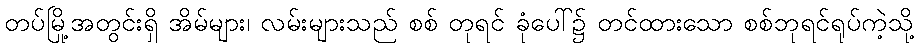
တပ်မြို့အတွင်းရှိ အိမ်များ၊ လမ်းများသည် စစ် တုရင် ခုံပေါ်၌ တင်ထားသော စစ်ဘုရင်ရုပ်ကဲ့သို့